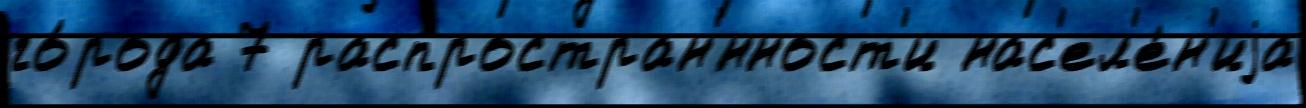
го́рода 7 распростран'́нност'и нас'ел'е́н'иjа